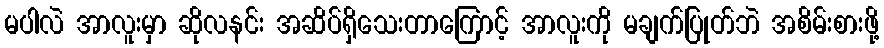
မပါလဲ အာလူးမှာ ဆိုလနင်း အဆိပ်ရှိသေးတာကြောင့် အာလူးကို မချက်ပြုတ်ဘဲ အစိမ်းစားဖို့